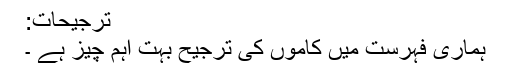
ترجیحات:
ہماری فہرست میں کاموں کی ترجیح بہت اہم چیز ہے ۔